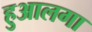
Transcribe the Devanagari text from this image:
हुआलगा